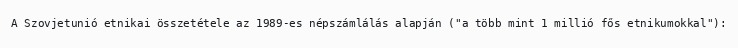
A Szovjetunió etnikai összetétele az 1989-es népszámlálás alapján ("a több mint 1 millió fős etnikumokkal"):